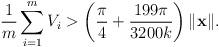
LaTeX: \begin{align*}\frac{1}{m}\sum_{i=1}^mV_i > \left(\frac{\pi}{4}+\frac{199\pi}{3200k}\right)\|\mathbf{x}\|.\end{align*}